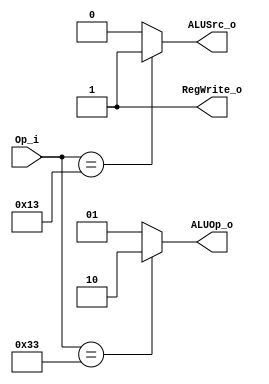
module Control(Op_i, ALUOp_o, ALUSrc_o, RegWrite_o );
    input [6:0] Op_i;
    output [1:0] ALUOp_o;
    output ALUSrc_o;
    output RegWrite_o;

    assign ALUOp_o = (Op_i == 7'b0110011)? 2'b10 : 2'b01;
    assign ALUSrc_o =(Op_i == 7'b0010011)? 1'b1 : 1'b0;
    assign RegWrite_o = 1'b1; 



endmodule